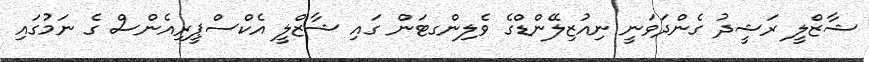
ޝާޒްލީ ރަޝީދު ގެންދަވަނީ ނިއުޒިލޭންޑްގެ ވެލިންގޓަން ގައި ޝާޒްލީ އެކްސްޕީރިއެންސް ގެ ނަމުގައި